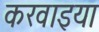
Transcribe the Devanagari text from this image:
करवाइया